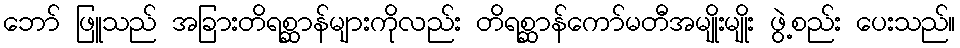
ဘော် ဖြူသည် အခြားတိရစ္ဆာန်များကိုလည်း တိရစ္ဆာန်ကော်မတီအမျိုးမျိုး ဖွဲ့စည်း ပေးသည်။